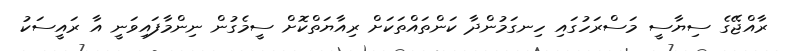
ރާއްޖޭގެ ސިޔާސީ މަސްރަހުގައި ހިނގަމުންދާ ކަންތައްތަކަށް ރިއާޔަތްކޮށް ސީމެގުން ނިންމާފައިވަނީ އާ ރައީސަކު